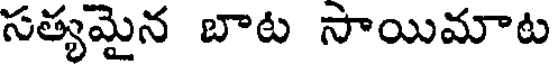
సత్యమైన బాట సాయిమాట